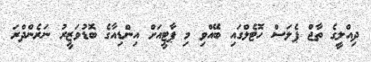
ދިއްލީގެ ތާޖް ޕެލަސް ހޮޓެލްގައި ބޭއްވި މި ޕާޓީއަށް އިންޑިއާގެ ބޮޑުވަޒީރު ނަރެންދްރަ